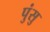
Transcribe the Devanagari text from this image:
पुंसु